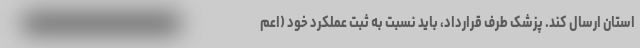
استان ارسال کند. پزشک طرف قرارداد، باید نسبت به ثبت عملکرد خود (اعم